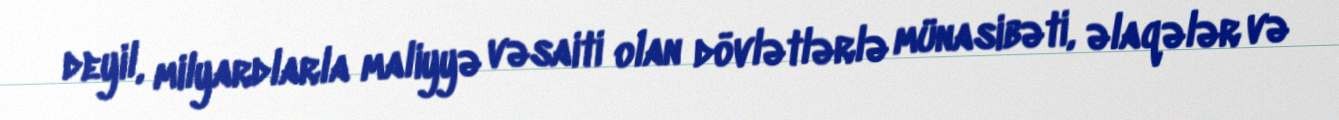
deyil, milyardlarla maliyyə vəsaiti olan dövlətlərlə münasibəti, əlaqələr və